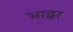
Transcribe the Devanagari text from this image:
भाद्वा